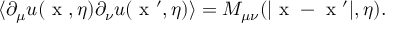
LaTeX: \langle \partial _ { \mu } u ( \mathrm { \boldmath ~ x ~ } , \eta ) \partial _ { \nu } u ( \mathrm { \boldmath ~ x ~ } ^ { \prime } , \eta ) \rangle = M _ { \mu \nu } ( | \mathrm { \boldmath ~ x ~ } - \mathrm { \boldmath ~ x ~ } ^ { \prime } | , \eta ) .